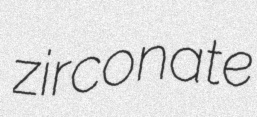
zirconate